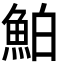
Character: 鮊